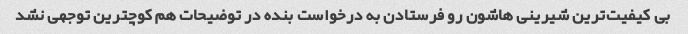
بی کیفیت‌ترین شیرینی هاشون رو فرستادن به درخواست بنده در توضیحات هم کوچترین توجهی نشد